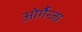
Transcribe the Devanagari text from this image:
ओर्गैन्जा